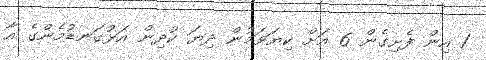
1 އިން ފެށިގެން 6 އަށް ކިޔަވަމުން ދިޔަ ކުދިން އަޅުގަނޑުމެންގެ އާ